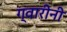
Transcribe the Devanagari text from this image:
ग्वारीनी